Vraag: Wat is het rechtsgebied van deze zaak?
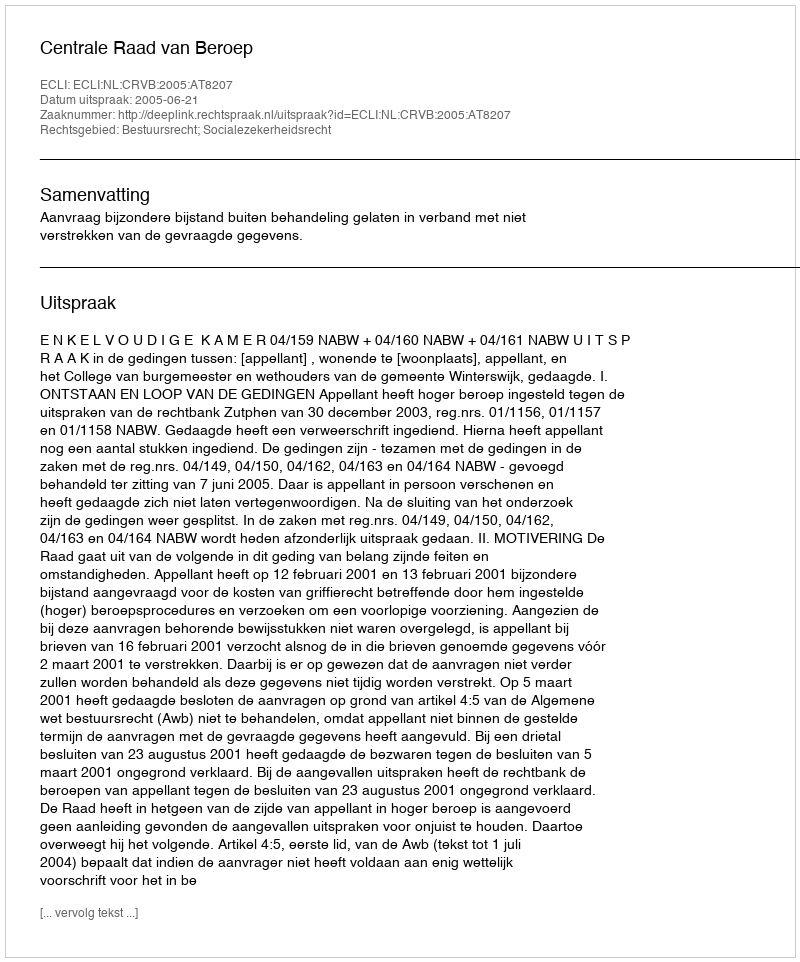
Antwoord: Bestuursrecht; Socialezekerheidsrecht